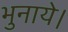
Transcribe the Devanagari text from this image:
भुनाये।